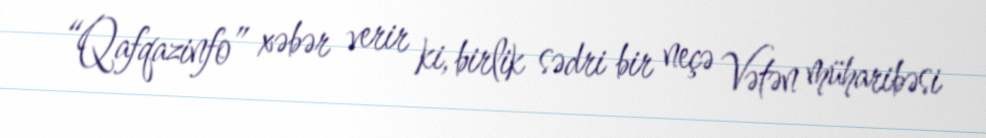
“Qafqazinfo” xəbər verir ki, birlik sədri bir neçə Vətən müharibəsi